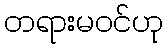
တရားမဝင်ဟု